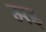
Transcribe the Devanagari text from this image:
मड़